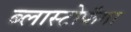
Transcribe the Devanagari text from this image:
ब्लास्टोफॅगा